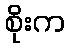
စိုးက